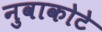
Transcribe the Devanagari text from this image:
नुवाकोटे